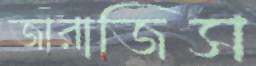
জারাজিস